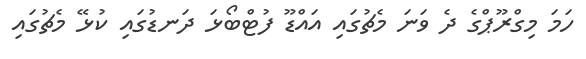
ހަމަ މިގްރޫޕްގެ ދެ ވަނަ މެޗުގައި އައްޑޫ ފުޓްބޯޅަ ދަނޑުގައި ކުޅޭ މެޗުގައި